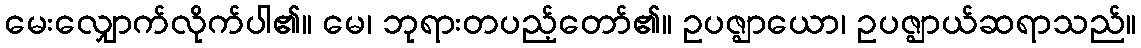
မေးလျှောက်လိုက်ပါ၏။ မေ၊ ဘုရားတပည့်တော်၏။ ဥပဇ္ဈာယော၊ ဥပဇ္ဈာယ်ဆရာသည်။